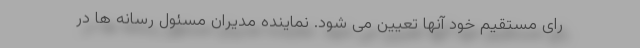
رای مستقیم خود آنها تعیین می شود. نماینده مدیران مسئول رسانه ها در